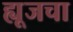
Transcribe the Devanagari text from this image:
ह्यूजचा